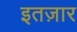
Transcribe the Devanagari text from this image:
इतज़ार